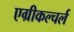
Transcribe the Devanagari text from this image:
एग्रीकल्चर्ल